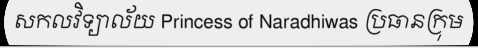
សកលវិទ្យាល័យ Princess of Naradhiwas ប្រធានក្រុម